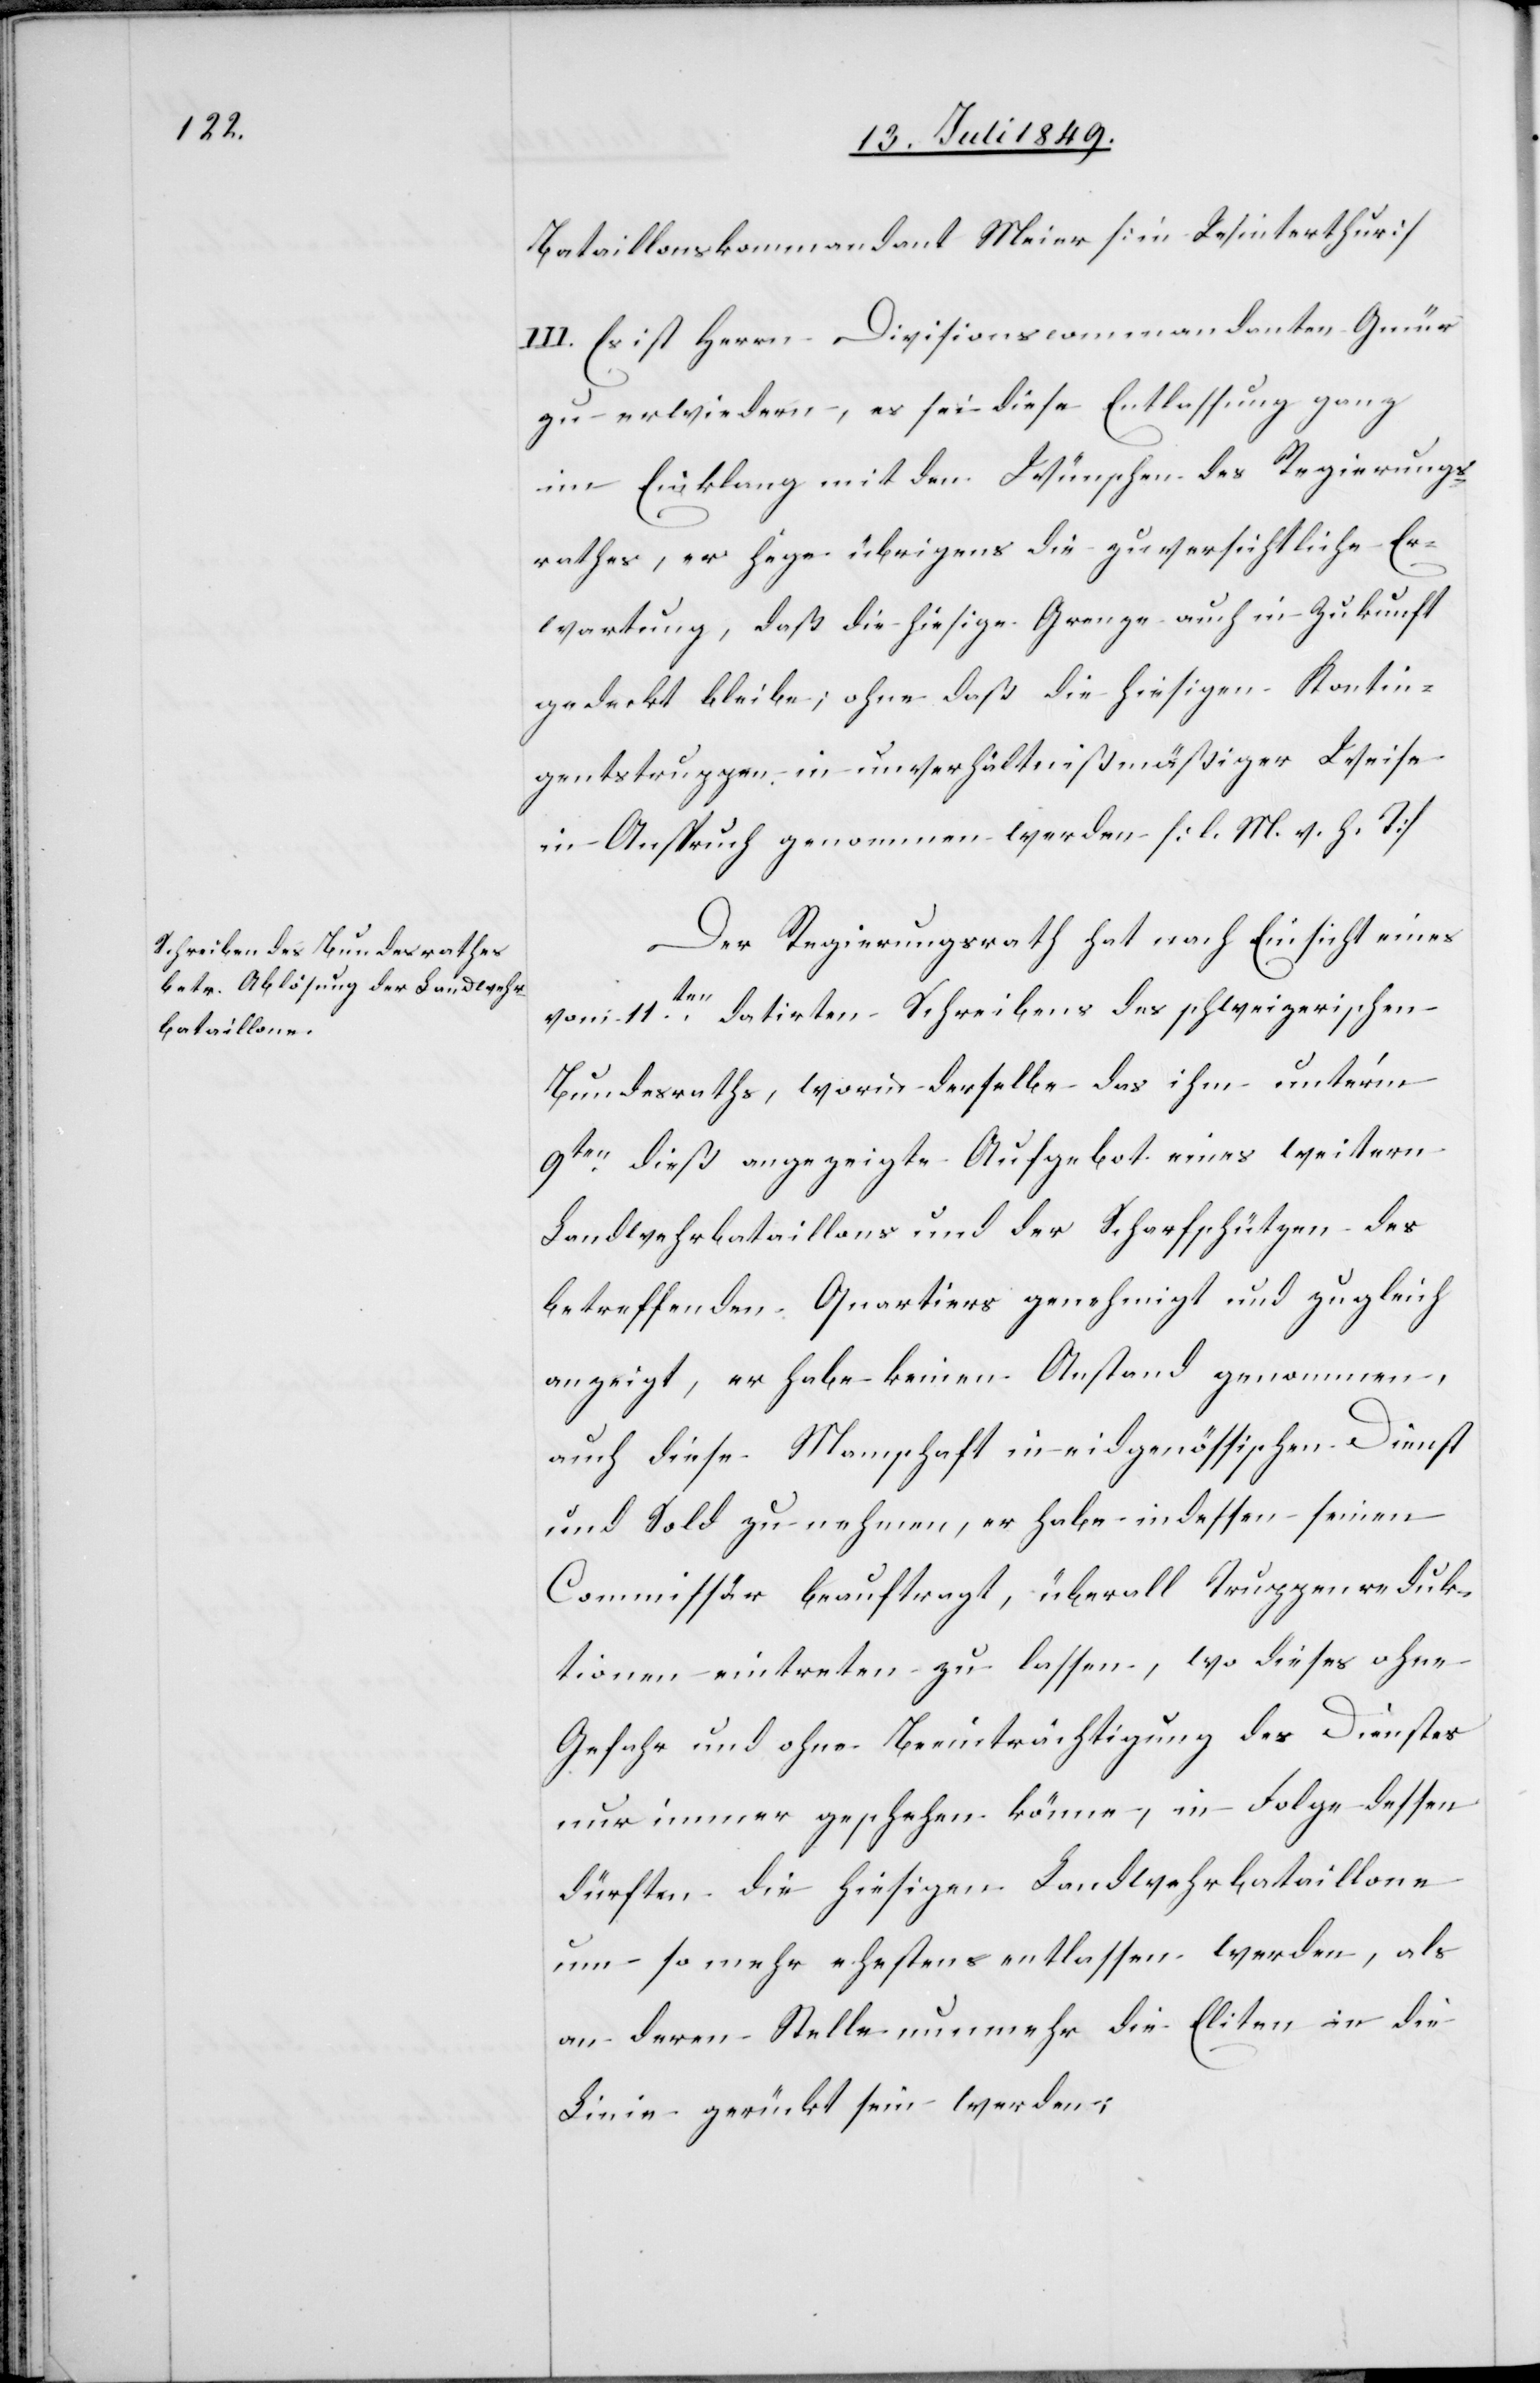
Bataillonskommandant Meier [in Winterthur]
III. Es ist Herrn Divisionscommandanten Gmür
zu erwiedern, es sei diese Entlassung ganz
im Einklang mit den Wünschen des Regierungs¬
rathes, er hege übrigens die zuversichtliche Er¬
wartung, daß die hiesige Grenze auch in Zukunft
gedeckt bleibe; ohne daß die hiesigen Kontin¬
gentstruppen in unverhältnißmäßiger Weise
in Anspruch genommen werden. [l. M. h. T]
Der Regierungsrath hat nach Einsicht eines
vom 11ten datirten Schreibens des schweizerischen
Bundesraths, worin derselbe das ihm unter’m
9ten dieß angezeigte Aufgebot eines weitern
Landwehrbataillons und der Scharfschützen des
betreffenden Quartiers genehmigt und zugleich
anzeigt, er habe keinen Anstand genommen,
auch diese Mannschaft in eidgenössischen Dienst
und Sold zu nehmen, er habe indessen seinen
Commissär beauftragt, überall Truppenreduk¬
tionen eintreten zu lassen, wo dieses ohne
Gefahr und ohne Beeinträchtigung des Dienstes
nur immer geschehen könne, in Folge dessen
dürften die hiesigen Landwehrbataillone
um so mehr ehestens entlassen werden, als
an deren Stelle nunmehr die Eliten in die
Linie gerückt sein werden;